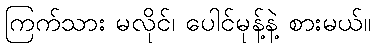
ကြက်သား မလိုင်၊ ပေါင်မုန့်နဲ့ စားမယ်။